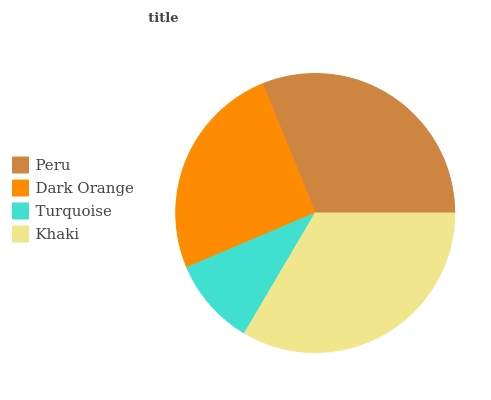
| Peru | Dark Orange | Turquoise | Khaki |
 | --- | --- | --- | --- |
 | 31.2% | 25.3% | 10.1% | 33.4% |